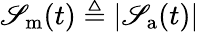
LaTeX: \mathscr{S}_{\mathrm{{m}}}(t)\triangleq|\mathscr{S}_{\mathrm{{a}}}(t)|